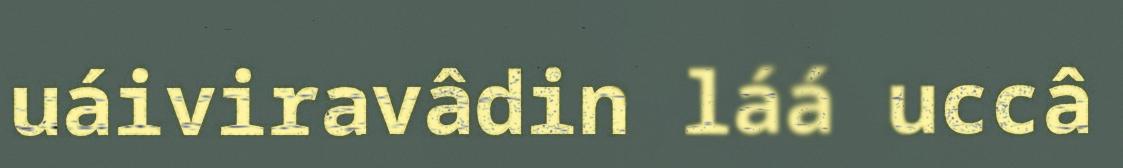
uáiviravâdin láá uccâ